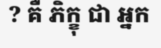
? គឺ ភិក្ខុ ជា អ្នក